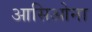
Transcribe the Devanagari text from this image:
आसिओना